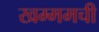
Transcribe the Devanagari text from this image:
खम्ममची